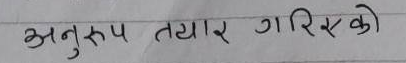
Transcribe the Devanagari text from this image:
अनुरूप तयार गरिएको